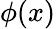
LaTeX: \phi(x)